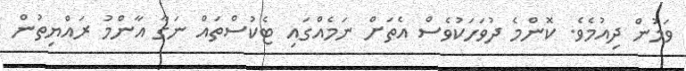
ވަމުން ދިއުމެވެ. ކޮންމެ ދުވަހަކުވެސް އެތަށް ނަމެއްގައި ޓެކުސްތައް ނަގާ އާންމު ރައްޔިތުން